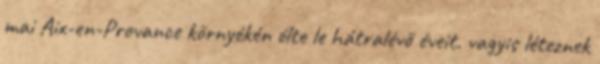
mai Aix-en-Provance környékén élte le hátralévő éveit. vagyis léteznek